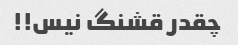
چقدر قشنگ نیس!!